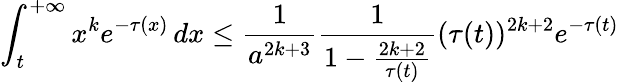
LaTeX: \int_{t}^{+\infty}x^{k}e^{-\tau(x)}\, dx\leq\frac{1}{a^{2k+3}}\frac{1}{1-\frac{2k+2}{\tau(t)}}(\tau(t))^{2k+2}e^{-\tau(t)}